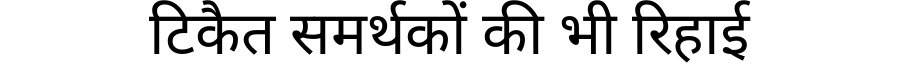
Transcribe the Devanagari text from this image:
टिकैत समर्थकों की भी रिहाई